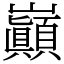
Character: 巓